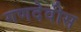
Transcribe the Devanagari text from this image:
गणदेवीस